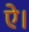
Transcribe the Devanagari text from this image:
ऐ।